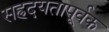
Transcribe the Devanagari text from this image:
सह्रदयतापूर्वक